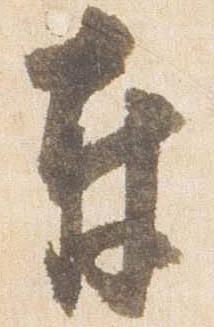
奉